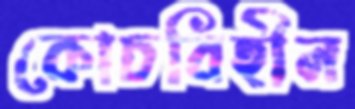
কোচবিহীন